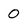
Character: 0